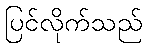
ပြင်လိုက်သည်